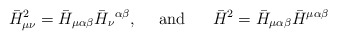
\begin{align*}\bar H^2_{\mu\nu}=\bar H_{\mu\alpha\beta}\bar H_{\nu}{}^{\alpha\beta},\ \ \ \ {\rm and} \ \ \ \ \ \bar H^2=\bar H_{\mu\alpha\beta}\bar H^{\mu\alpha\beta}\end{align*}